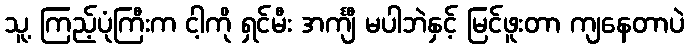
သူ့ ကြည့်ပုံကြီးက ငါ့ကို ရှင်မီး အင်္ကျီ မပါဘဲနှင့် မြင်ဖူးတာ ကျနေတာပဲ